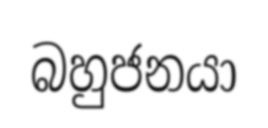
බහුජනයා